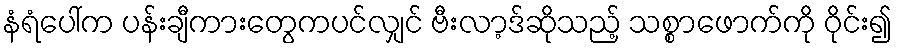
နံရံပေါ်က ပန်းချီကားတွေကပင်လျှင် ဗီးလာ့ဒ်ဆိုသည့် သစ္စာဖောက်ကို ဝိုင်း၍